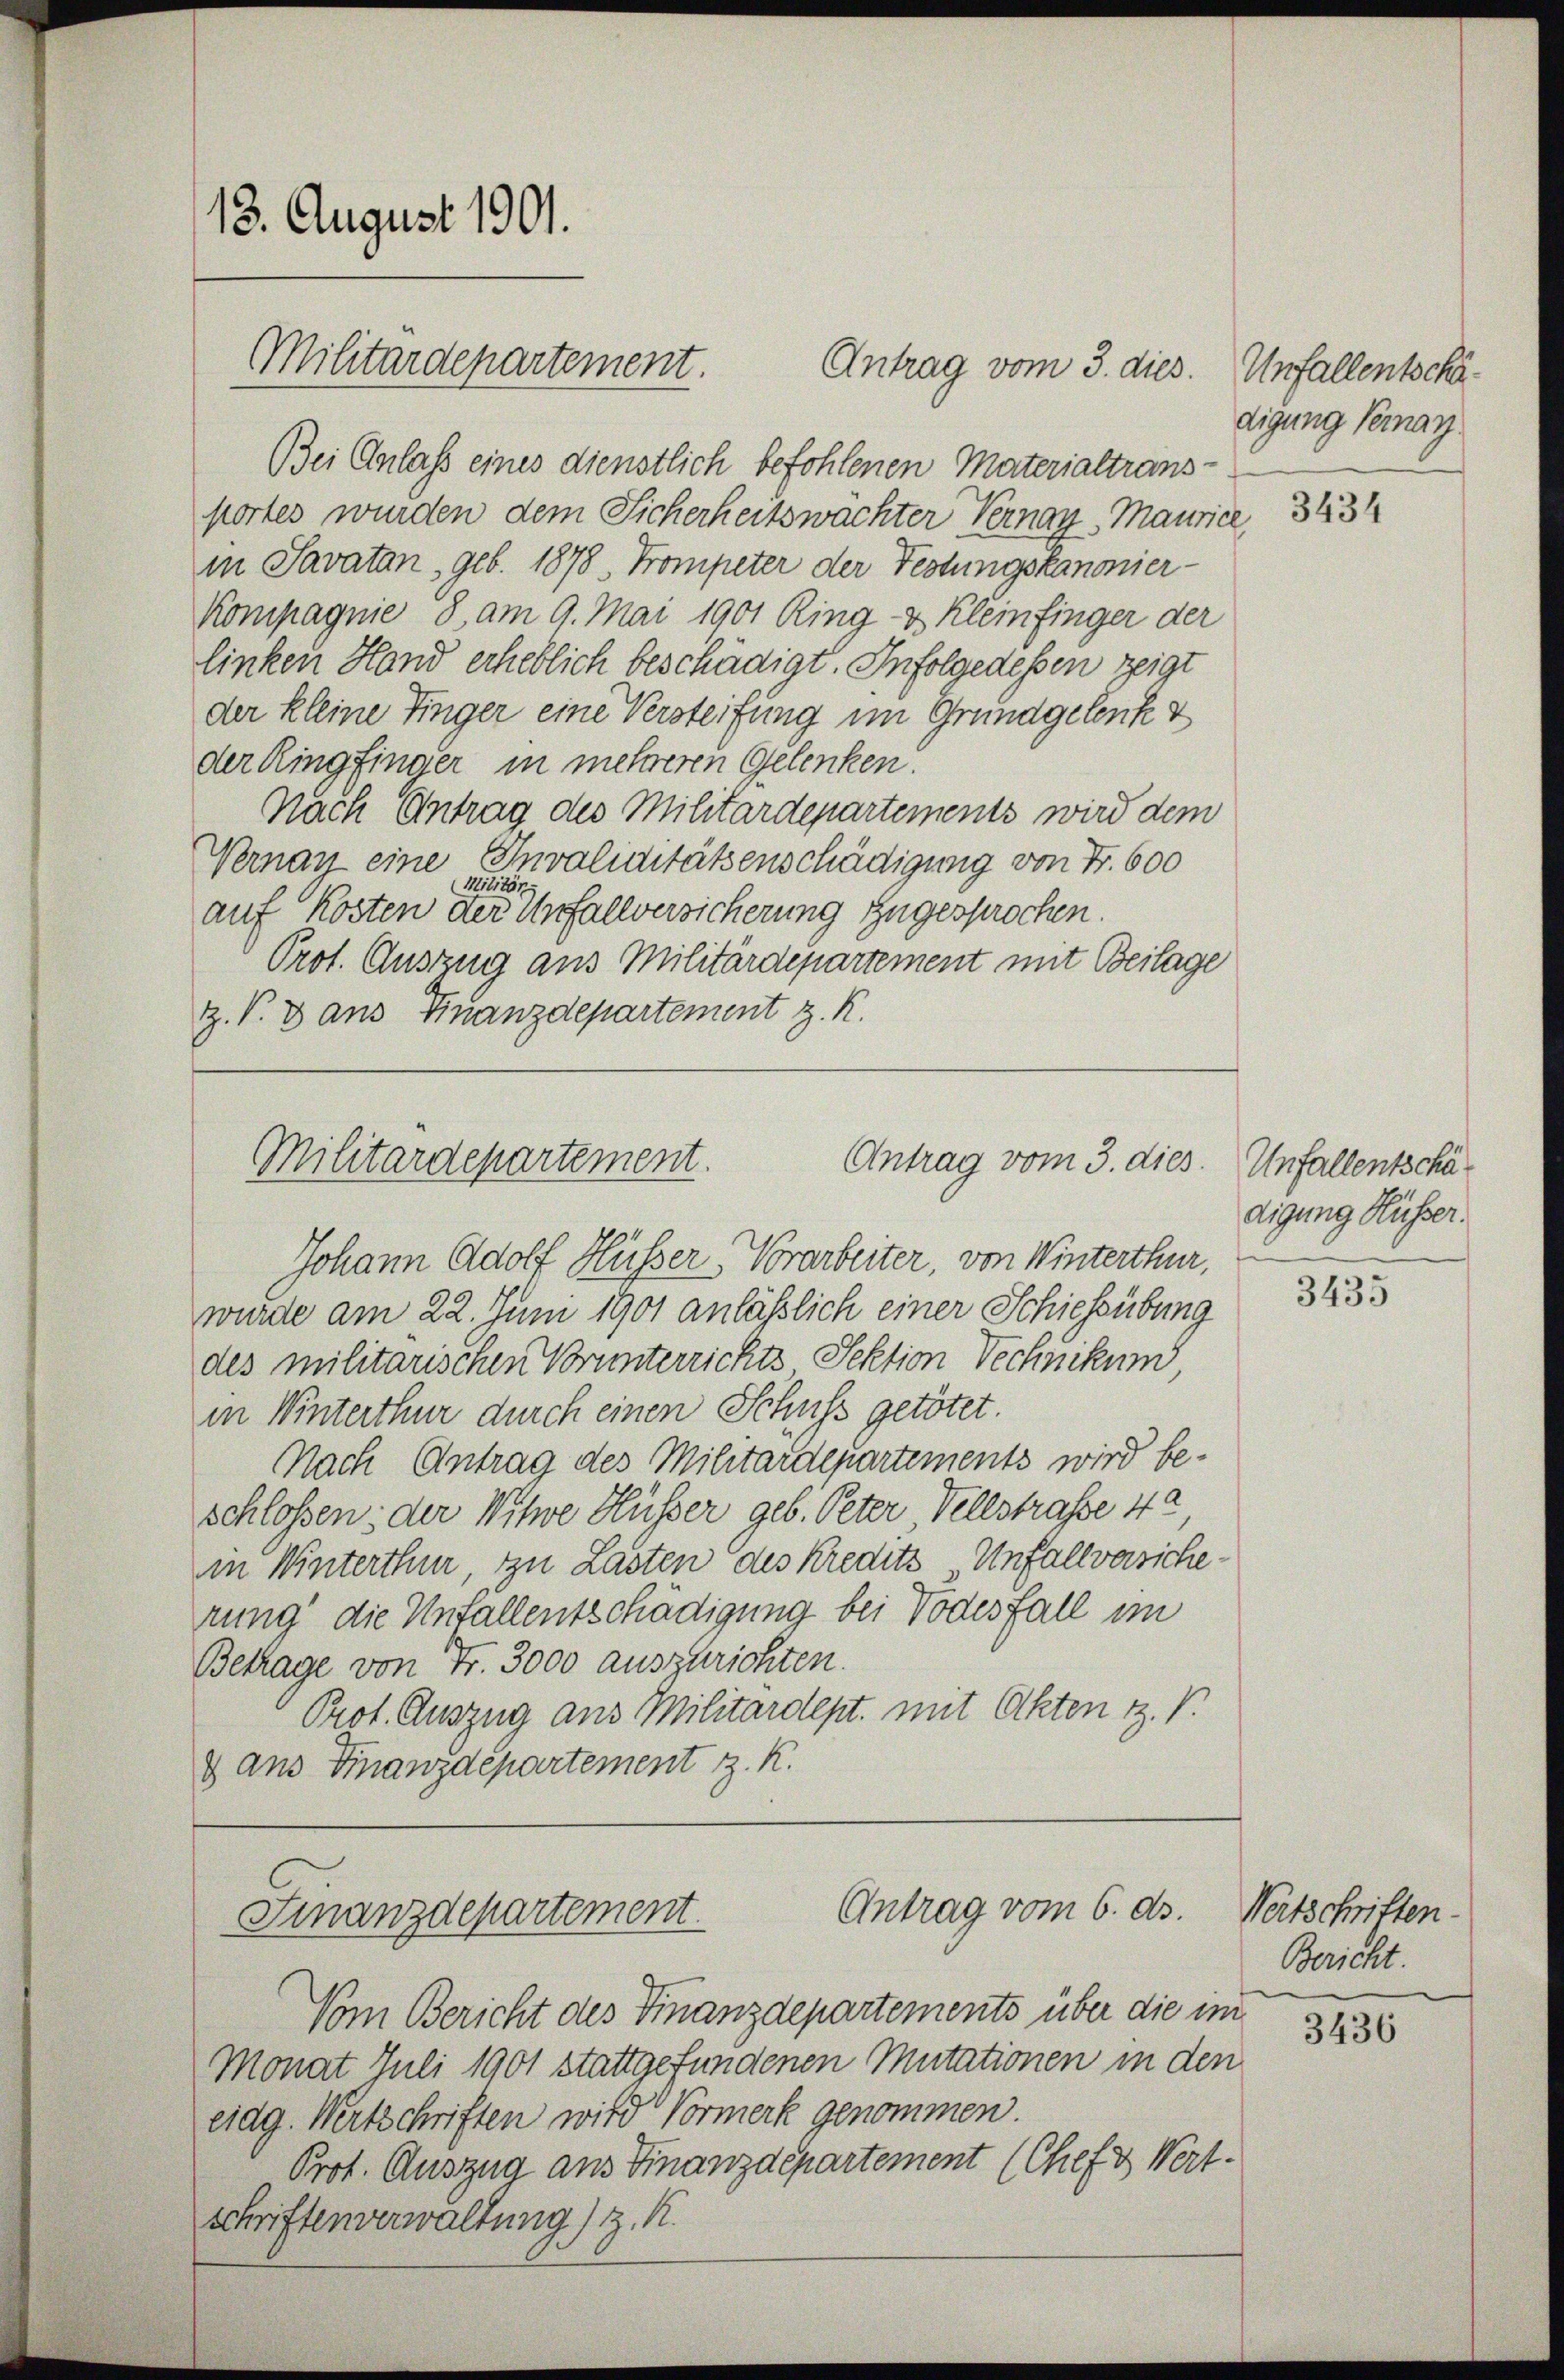
Bei Anlass eines dienstlich befohlenen Materialtransportes wurden dem Sicherheitswachter Vernay, Maurice,
in Savatan, geb. 1878, Trompeter der Festungskanonier-
Kompagnie 8, am 9. Mai 1901 Ring- & Kleinfinger der
linken Hand erheblich beschädigt. Infolgedessen zeigt
der kleine Finger eine Versteifung im Grundgelenk &
der Ringfinger in mehreren Gelenken.
Nach Antrag des Militärdepartements wird dem
Vernau eine Invaliditätsenschädigung von Fr. 600
Militär
auf Kosten der Unfallversicherung zugesprochen.
Prot. Auszug aus Militärdepartement mit Beilage
Z. V. Dans Finanzdepartement z. R.

13. August 1901.
Militärdepartement.

wurde am 22. Juni 1901 anläßlich einer Schiessübung
des militarischen Vorunterrichts Sektion Vechnikund
in Winterthur durch einen Schuss getötet.
Nach Antrag des Militärdepartements wird beschlossen; der Witwe Hüsser geb. Peter Vollstraße 42
in Winterthur, zu Lasten des Kredits Unfallversiche.
rung die Unfallentschädigung bei Todesfall im
Betrage von Fr. 3000 auszurichten.
Prot. Auszug aus Militärdept. mit Akten z. V.
& aus Finanzdepartement z. K.

Vom Bericht des Finanzdepartements über die im
Monat Juli 1901 stattgefundenen Mutationen in den
eidg. Wirtschriften wird Vormerk genommen.
Prot. Auszug aus Finanzdepartement (Chef & Wert-
schriftenverwaltung) z. R.

Antrag vom 3. dies

Antrag vom 3. dies
Militärdepartement.
Johann Adolf Hüsser, Vorarbeiter von Winterthur,

Antrag vom 6. ds.
Finanzdepartement.

Unfallentschädigung Semay.

3434

Unfallentschädigung Küsser.

3435

Wertschriften.
Bericht.

3436